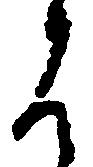
見